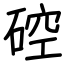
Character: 硿